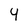
Character: 4